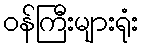
ဝန်ကြီးများရုံး